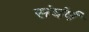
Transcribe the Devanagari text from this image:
संघंर्ष